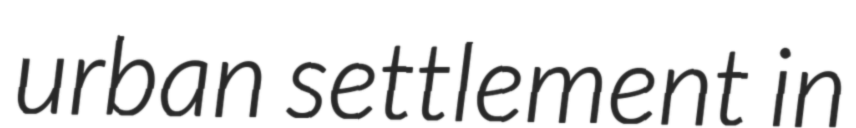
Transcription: urban settlement in